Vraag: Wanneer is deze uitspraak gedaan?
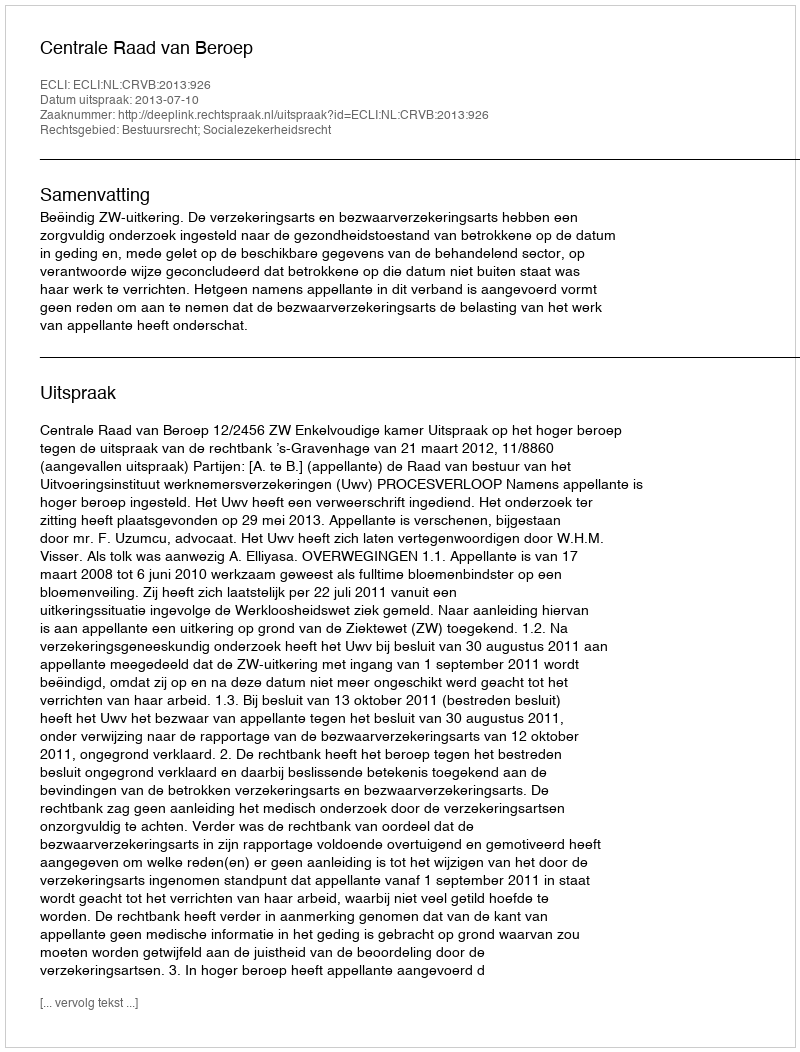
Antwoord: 2013-07-10